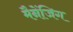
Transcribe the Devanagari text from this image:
मैनेंजिग